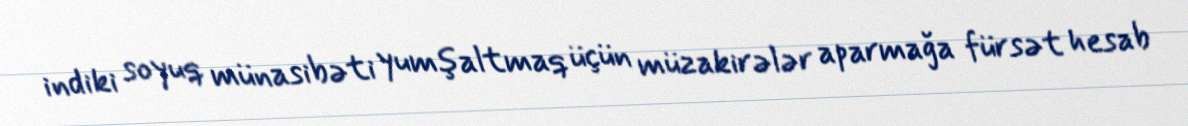
indiki soyuq münasibəti yumşaltmaq üçün müzakirələr aparmağa fürsət hesab